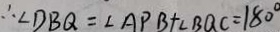
\therefore \angle D B Q = \angle A P B + \angle B Q C = 1 8 0 ^ { \circ }